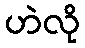
ဟဲလို